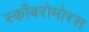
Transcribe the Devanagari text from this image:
स्काँबरोमोरस